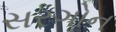
સરગોન